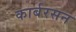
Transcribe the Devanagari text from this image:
कार्बरसन